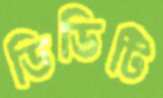
ডিডিটি